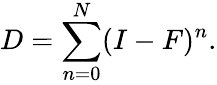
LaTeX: D=\sum_{n=0}^{N}(I-F)^{n}.